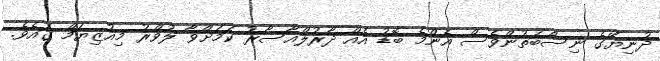
ދުނިޔޭގެ ނިސްބަތުންވެސް އެންމެ ބޮޑު އެއް ދާރުލްއާސާރު ކަމަށްވާ ލުވްރު މިއުޒިޔަމް ގައެވެ.